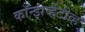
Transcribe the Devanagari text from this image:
कॉन्झर्व्हेटीव्ह